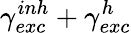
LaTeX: \gamma_{exc}^{inh}+\gamma_{exc}^{h}